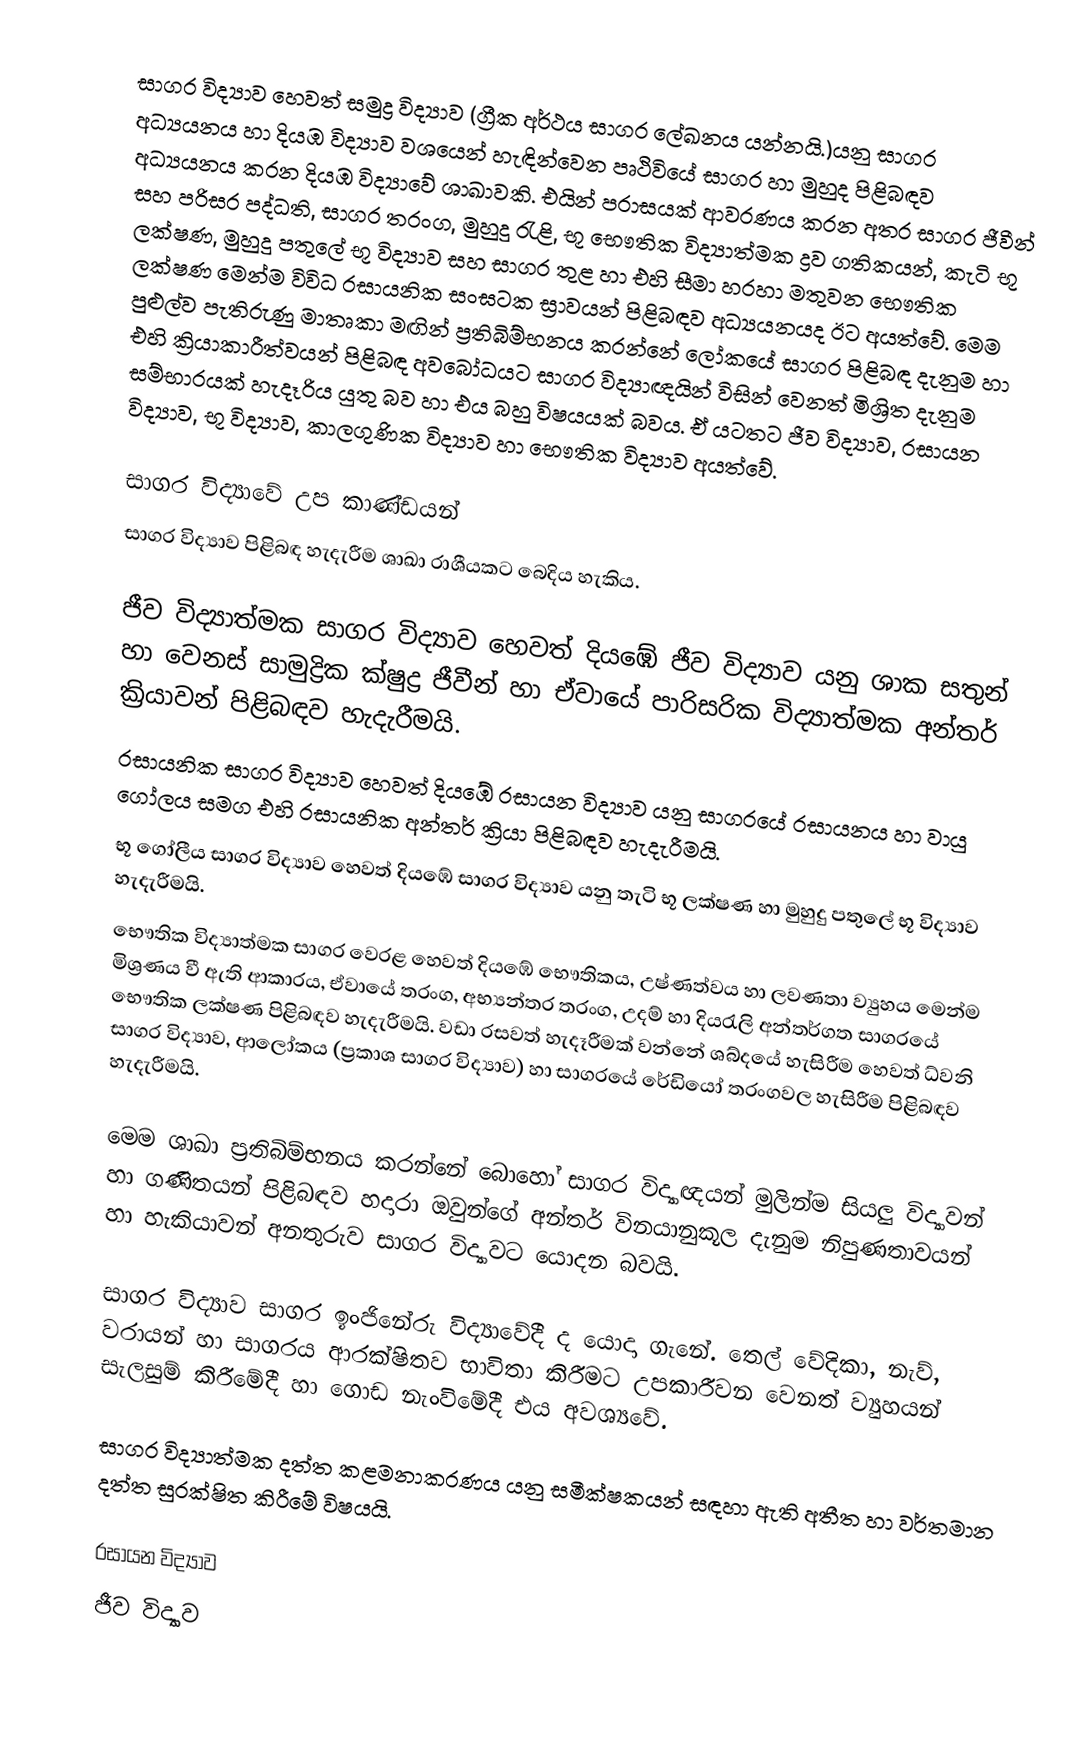
සාගර විද්‍යාව හෙවත් සමුද්‍ර විද්‍යාව (ග්‍රීක අර්ථය සාගර ලේඛනය යන්නයි.)යනු සාගර අධ්‍යයනය හා දියඹ විද්‍යාව වශයෙන් හැඳින්වෙන පෘථිවියේ සාගර හා මුහුද පිළිබඳව අධ්‍යයනය කරන දියඹ විද්‍යාවේ ශාඛාවකි. එයින් පරාසයක් ආවරණය කරන අතර සාගර ජීවීන් සහ පරිසර පද්ධති, සාගර තරංග, මුහුදු රැළි, භූ භෞතික විද්‍යාත්මක ද්‍රව ගතිකයන්, කැටි භූ ලක්ෂණ, මුහුදු පතුලේ භූ විද්‍යාව සහ සාගර තුළ හා එහි සීමා හරහා මතුවන භෞතික ලක්ෂණ මෙන්ම විවිධ රසායනික සංඝටක ස්‍රාවයන් පිළිබඳව අධ්‍යයනයද ඊට අයත්වේ. මෙම පුළුල්ව පැතිරුණු මාතෘකා මඟින් ප්‍රතිබිම්භනය කරන්නේ ලෝකයේ සාගර පිළිබඳ දැනුම හා එහි ක්‍රියාකාරීත්වයන් පිළිබඳ අවබෝධයට සාගර විද්‍යාඥයින් විසින් වෙනත් මිශ්‍රිත දැනුම සම්භාරයක් හැදෑරිය යුතු බව හා එය බහු විෂයයක් බවය. ඒ යටතට ජීව විද්‍යාව, රසායන විද්‍යාව, භූ විද්‍යාව, කාලගුණික විද්‍යාව හා භෞතික විද්‍යාව අයත්වේ.

සාගර විද්‍යාවේ උප කාණ්ඩයන්
සාගර විද්‍යාව පිළිබඳ හැදැරීම ශාඛා රාශීයකට බෙදිය හැකිය.

ජීව විද්‍යාත්මක සාගර විද්‍යාව හෙවත් දියඹේ ජීව විද්‍යාව යනු ශාක සතුන් හා වෙනස් සාමුද්‍රික ක්ෂුද්‍ර ජීවීන් හා ඒවායේ පාරිසරික විද්‍යාත්මක අන්තර් ක්‍රියාවන් පිළිබඳව හැදැරීමයි.
 රසායනික සාගර විද්‍යාව හෙවත් දියඹේ රසායන විද්‍යාව යනු සාගරයේ රසායනය හා වායු ගෝලය සමග එහි රසායනික අන්තර් ක්‍රියා පිළිබඳව හැදැරීමයි.
 භූ ගෝලීය සාගර විද්‍යාව හෙවත් දියඹේ සාගර විද්‍යාව යනු තැටි භූ ලක්ෂණ හා මුහුදු පතුලේ භූ විද්‍යාව හැදැරීමයි.
 භෞතික විද්‍යාත්මක සාගර වෙරළ හෙවත් දියඹේ භෞතිකය, උෂ්ණත්වය හා ලවණතා ව්‍යුහය මෙන්ම මිශ්‍රණය වී ඇති ආකාරය, ඒවායේ තරංග, අභ්‍යන්තර තරංග, උදම් හා දියරැලි අන්තර්ගත සාගරයේ භෞතික ලක්ෂණ පිළිබඳව හැදැරීමයි. වඩා රසවත් හැදෑරීමක් වන්නේ ශබ්දයේ හැසිරීම හෙවත් ධ්වනි සාගර විද්‍යාව, ආලෝකය (ප්‍රකාශ සාගර විද්‍යාව) හා සාගරයේ රේඩියෝ තරංගවල හැසිරීම පිළිබඳව හැදැරීමයි.

මෙම ශාඛා ප්‍රතිබිම්භනය කරන්නේ බොහෝ සාගර විද්‍යාඥයන් මුලින්ම සියලු විද්‍යාවන් හා ගණිතයන් පිළිබඳව හදාරා ඔවුන්ගේ අන්තර් විනයානුකූල දැනුම නිපුණතාවයන් හා හැකියාවන් අනතුරුව සාගර විද්‍යාවට යොදන බවයි.

සාගර විද්‍යාව සාගර ඉංජිනේරු විද්‍යාවේදී ද යොදා ගැනේ. තෙල් වේදිකා, නැව්, වරායන් හා සාගරය ආරක්ෂිතව භාවිතා කිරීමට උපකාරීවන වෙනත් ව්‍යුහයන් සැලසුම් කිරීමේදී හා ගොඩ නැංවිමේදී එය අවශ්‍යවේ.

සාගර විද්‍යාත්මක දත්ත කළමනාකරණය යනු සමීක්ෂකයන් සඳහා ඇති අතීත හා වර්තමාන දත්ත සුරක්ෂිත කිරීමේ විෂයයි.

රසායන විද්‍යාව
ජීව විද්‍යාව